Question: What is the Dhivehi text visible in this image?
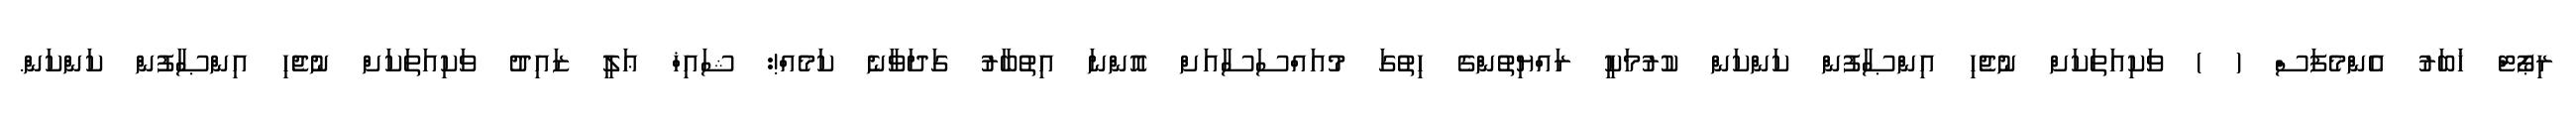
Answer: ރިޕޯޓް ޚަބަރު އެންމެފަސް ( ) ވަކިއަތަކަށް ނުޖެހި އިންޞާފުން ކަންކަން ކުރުމަކީ ރައްޔިތުންގެ ހިތުގަ މުއައްސަސާއަށް އޮންނަ އިތުބާރު ގަދަވާނެ ކަމެއް!: ޝައިޚް ޢަލީ ޒައިދު ވަކިއަތަކަށް ނުޖެހި އިންޞާފުން ކަންކަން.